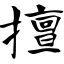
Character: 擅